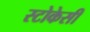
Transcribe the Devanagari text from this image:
स्टोकेसी